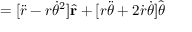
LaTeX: = [ { \ddot { r } } - r { \dot { \theta } } ^ { 2 } ] { \hat { \mathbf { r } } } + [ r { \ddot { \theta } } + 2 { \dot { r } } { \dot { \theta } } ] { \hat { \boldsymbol { \theta } } }